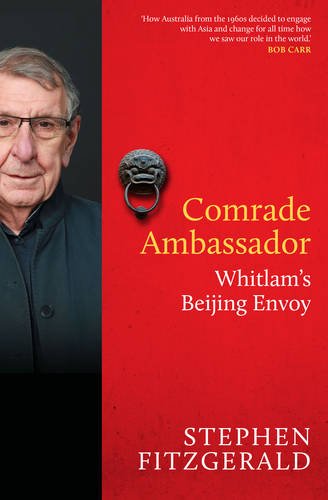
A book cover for Comrade Ambassador: Whitlam's Beijing Envoy; Stephen Fitzgerald; Biographies & Memoirs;